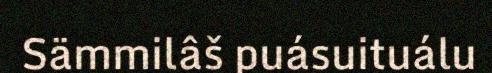
Sämmilâš puásuituálu